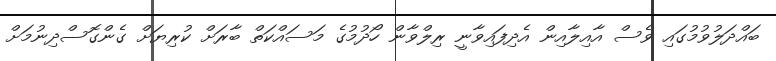
ބައްދަލުވުމުގައި ވެސް އާއިލާއިން އެދިފައިވާނީ ރިލްވާން ހޯދުމުގެ މަސައްކަތް ބާރަށް ކުރިޔަށް ގެންގޮސްދިނުމަށް